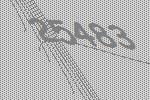
25483